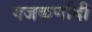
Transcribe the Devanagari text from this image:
गजकर्णादी